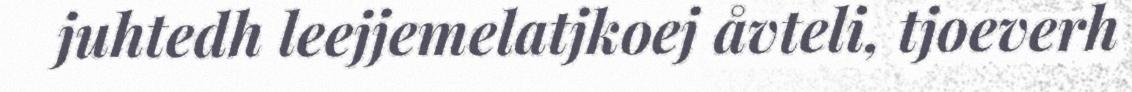
juhtedh leejjemelatjkoej åvteli, tjoeverh